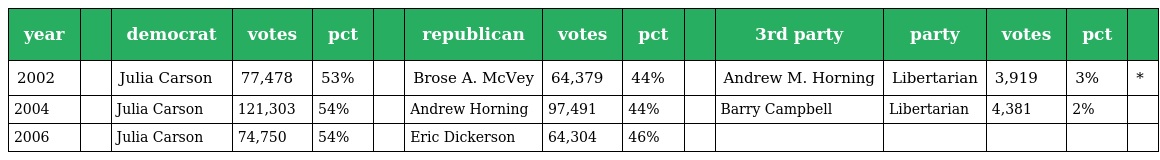
| year |  | democrat | votes | pct |  | republican | votes | pct |  | 3rd party | party | votes | pct |  |
 | --- | --- | --- | --- | --- | --- | --- | --- | --- | --- | --- | --- | --- | --- | --- |
 | 2002 |  | Julia Carson | 77,478 | 53% |  | Brose A. McVey | 64,379 | 44% |  | Andrew M. Horning | Libertarian | 3,919 | 3% | * |
 | 2004 |  | Julia Carson | 121,303 | 54% |  | Andrew Horning | 97,491 | 44% |  | Barry Campbell | Libertarian | 4,381 | 2% |  |
 | 2006 |  | Julia Carson | 74,750 | 54% |  | Eric Dickerson | 64,304 | 46% |  |  |  |  |  |  |